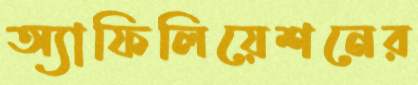
অ্যাফিলিয়েশনের